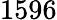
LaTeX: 1596